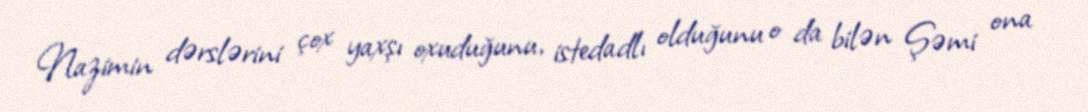
Nazimin dərslərini çox yaxşı oxuduğunu, istedadlı olduğunu o da bilən Şəmi ona